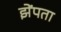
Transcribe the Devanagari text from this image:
झेंपता